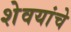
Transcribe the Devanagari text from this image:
शेवयांचे